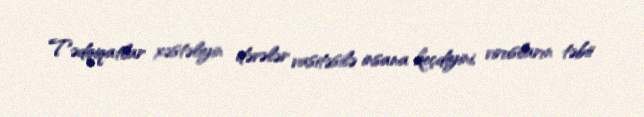
Tədqiqatlar xəstəliyin dəvələr vasitəsilə insana keçdiyini, virusların təbii